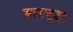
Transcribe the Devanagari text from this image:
बारमुडा